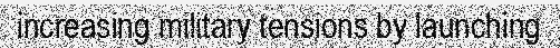
increasing military tensions by launching